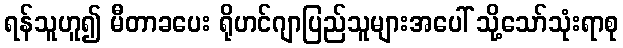
ရန်သူဟူ၍ မီတာခပေး ရိုဟင်ဂျာပြည်သူများအပေါ် သို့သော်သုံးရာစု